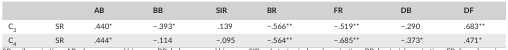
<table><thead><tr><td></td><td></td><td><b>AB</b></td><td><b>BB</b></td><td><b>SIR</b></td><td><b>BR</b></td><td><b>FR</b></td><td><b>DB</b></td><td><b>DF</b></td></tr></thead><tbody><tr><td>C<sub>3</sub></td><td>SR</td><td>.440*</td><td>−.393*</td><td>.139</td><td>−.566**</td><td>−.519**</td><td>−.290</td><td>.683**</td></tr><tr><td>C<sub>4</sub></td><td>SR</td><td>.444*</td><td>−.114</td><td>−.095</td><td>−.564**</td><td>−.685**</td><td>−.373*</td><td>.471*</td></tr></tbody></table>